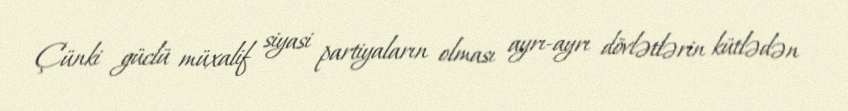
Çünki güclü müxalif siyasi partiyaların olması ayrı-ayrı dövlətlərin kütlədən